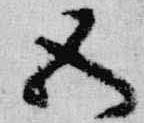
五